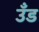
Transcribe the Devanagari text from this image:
उँड